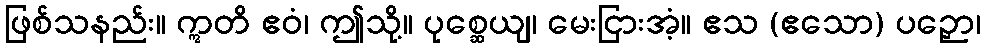
ဖြစ်သနည်း။ ဣတိ ဧဝံ၊ ဤသို့။ ပုစ္ဆေယျ၊ မေးငြားအံ့။ ဧသ (ဧသော) ပဉှော၊